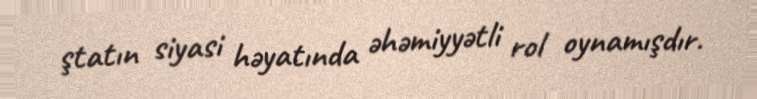
ştatın siyasi həyatında əhəmiyyətli rol oynamışdır.